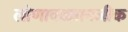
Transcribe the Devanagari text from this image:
लोणावळ्यानजीक